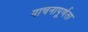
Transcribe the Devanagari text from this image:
याचनापूर्णता